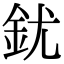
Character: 䤞